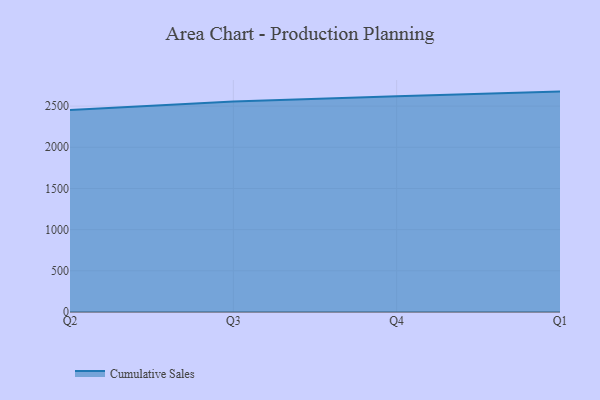
{"axis": {"x": "Quarter", "y": "Churn Rate (%)"}, "legend": ["Cumulative Sales"], "data": [{"x": "Q2", "y": 2451.7, "type": "Cumulative Sales"}, {"x": "Q3", "y": 2555.8, "type": "Cumulative Sales"}, {"x": "Q4", "y": 2620.7, "type": "Cumulative Sales"}, {"x": "Q1", "y": 2676.1, "type": "Cumulative Sales"}]}